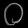
Digit: ၀